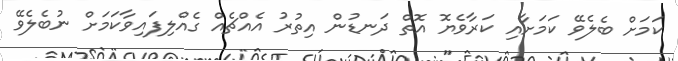
ކަމަށް ބެލެވޭ ކަމަށާއި ކަރާވެޔޮ އޮތް ދަނޑުން އިތުރު އެއްޗެއް ގެއްލިފައިވާކަމަށް ނުބެލެވޭ